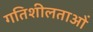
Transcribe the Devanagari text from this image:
गतिशीलताओं